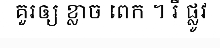
គួរឲ្យ ខ្លាច ពេក ។ រី ផ្លូវ